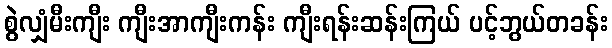
စွဲလျှံမီးကျီး ကျီးအာကျီးကန်း ကျီးရန်းဆန်းကြယ် ပင့်ဘွယ်တခန်း